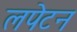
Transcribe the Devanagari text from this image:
लपेटन